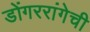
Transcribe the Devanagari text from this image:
डोंगररांगेची